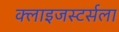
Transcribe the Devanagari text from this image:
क्लाइजस्टर्सला